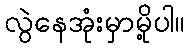
လွဲနေအုံးမှာမို့ပါ။